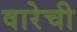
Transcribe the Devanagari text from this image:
वारेची